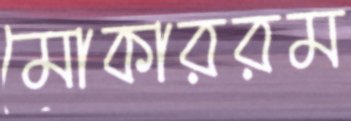
মোকাররম